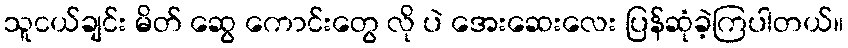
သူငယ်ချင်း မိတ် ဆွေ ကောင်းတွေ လို ပဲ အေးဆေးလေး ပြန်ဆုံခဲ့ကြပါတယ်။